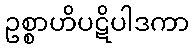
ဥစ္စာဟိပဋိပါဒကာ